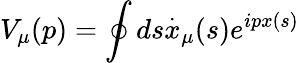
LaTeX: V_{\mu}(p)=\oint ds\stackrel{.}{x}_{\mu}(s)e^{ipx(s)}